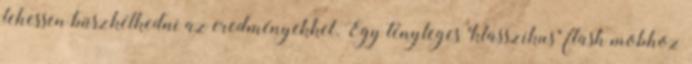
lehessen büszkélkedni az eredményekkel. Egy tényleges "klasszikus" flash mobhoz